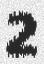
2